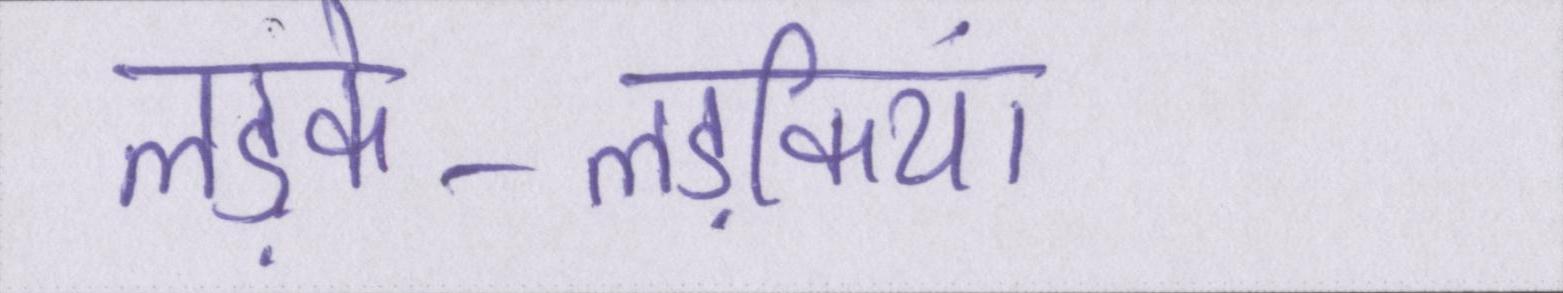
लड़के-लड़कियां